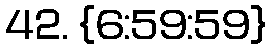
42. {6:59:59}